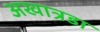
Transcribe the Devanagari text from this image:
अखात्रडा